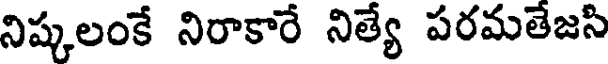
నిష్కలంకే నిరాకారే నిత్యే పరమతేజసి